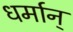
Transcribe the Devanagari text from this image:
धर्मान्